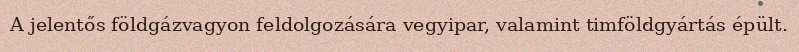
A jelentős földgázvagyon feldolgozására vegyipar, valamint timföldgyártás épült.